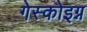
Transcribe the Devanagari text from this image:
गेस्कोइग्न